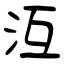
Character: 沍